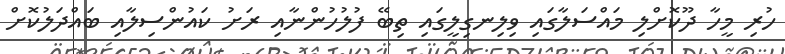
ހުރި މީހާ ދޫކޮށްލި މައްސަލާގައި ވިލިނގިލީގައި ތިބޭ ފުލުހުންނާއި ރަށު ކައުންސިލާއި ބައްދަލުކޮށް